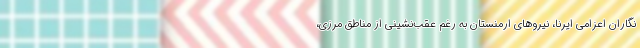
نگاران اعزامی ایرنا، نیروهای ارمنستان به رغم عقب‌نشینی از مناطق مرزی،